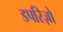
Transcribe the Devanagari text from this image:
डपरिज़ो